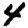
Digit: 4